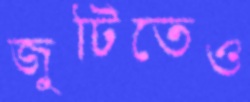
জুটিতেও